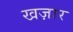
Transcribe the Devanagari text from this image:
खज़ार